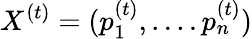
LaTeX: X^{(t)}=(p_{1}^{(t)},....p_{n}^{(t)})